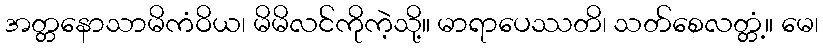
အတ္တနောသာမိကံဝိယ၊ မိမိလင်ကိုကဲ့သို့။ မာရာပေဿတိ၊ သတ်စေလတ္တံ့။ မေ၊